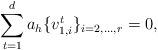
LaTeX: \begin{align*} \sum_{t=1}^{d} a_h \{ v^{t}_{1,i} \}_{i = 2, \dots, r} = 0, \end{align*}